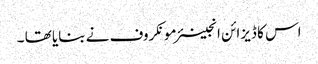
اس کا ڈیزائن انجینئر مونکروف نے بنایا تھا ۔